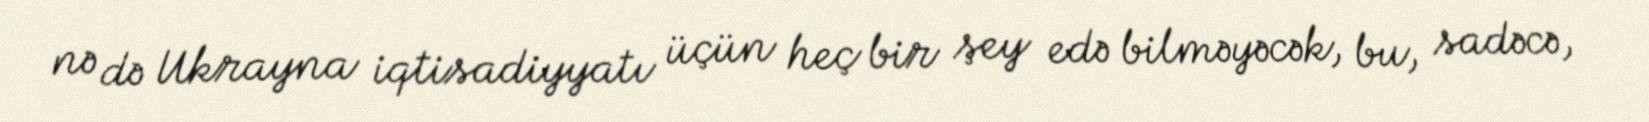
nə də Ukrayna iqtisadiyyatı üçün heç bir şey edə bilməyəcək, bu, sadəcə,